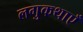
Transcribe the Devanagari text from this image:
लगुकथाएँ